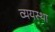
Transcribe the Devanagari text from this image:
व्ययस्था